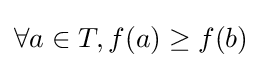
\forall a\in T,f(a)\geq f(b)